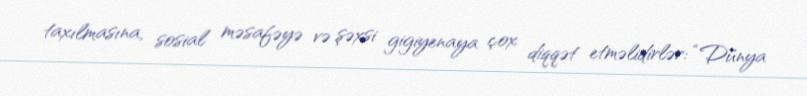
taxılmasına, sosial məsafəyə və şəxsi gigiyenaya çox diqqət etməlidirlər: “Dünya